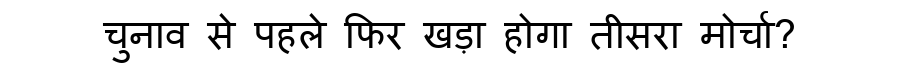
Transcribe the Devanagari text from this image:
चुनाव से पहले फिर खड़ा होगा तीसरा मोर्चा?